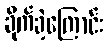
ခိုက်ခဲ့ကြောင်း